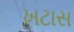
ખટાસ